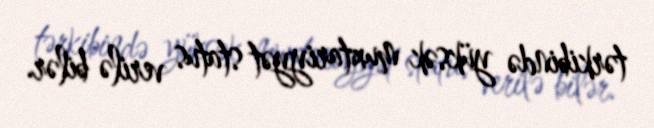
tərkibində yüksək muxtariyyət status verilə bilər.